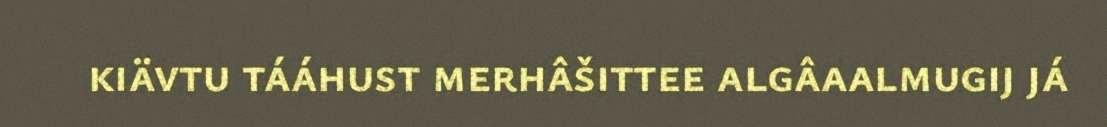
kiävtu tááhust merhâšittee algâaalmugij já